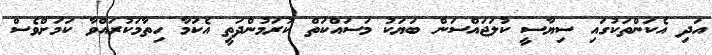
އަދި އެކަންތަކުގައި ސިޔާސީ ކުލަޖައްސަން ބަޔަކު މަސައްކަތް ކުރަމުންދަތީ އެކަމާ ހިތާމަކުރައްވާ ކަމަށްވެސް